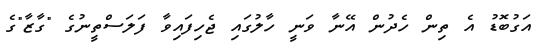
އަގުބޮޑު އެ ތިން ހެދުން އޭނާ ވަނީ ހާލުގައި ޖެހިފައިވާ ފަލަސްތީނުގެ "ގާޒާ"ގެ